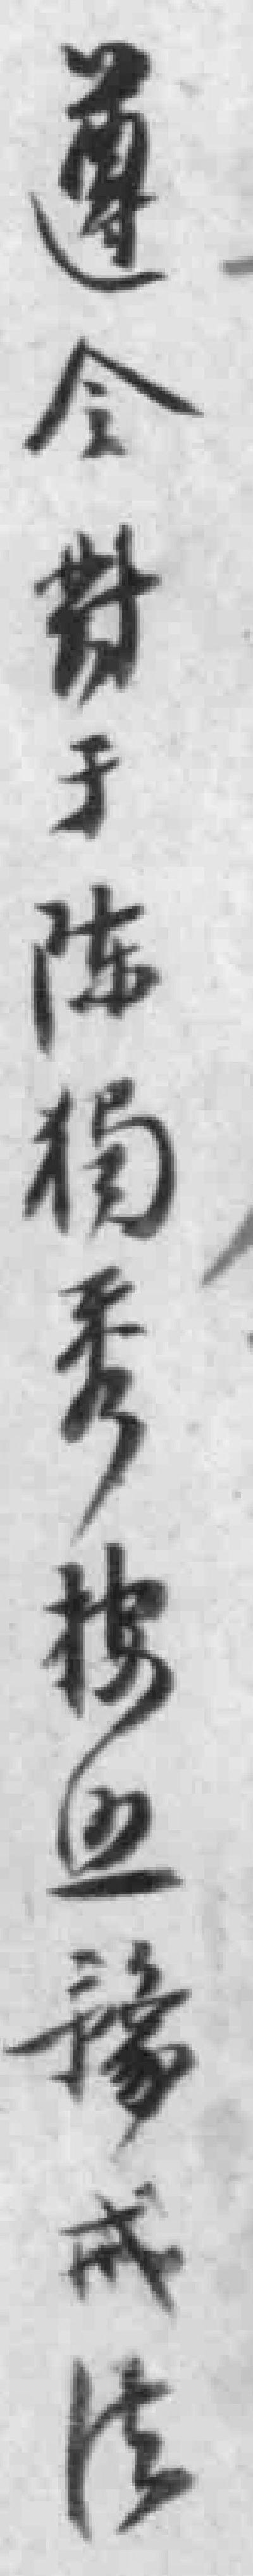
遵令對于陳獨秀按照豫戒法